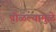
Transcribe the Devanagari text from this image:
पोळल्यामुळे